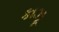
કાઝૂ